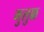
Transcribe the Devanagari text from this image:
मुलुक्क